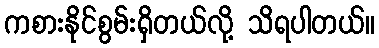
ကစားနိုင်စွမ်းရှိတယ်လို့ သိရပါတယ်။